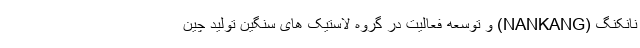
نانکنگ (NANKANG) و توسعه فعالیت در گروه لاستیک های سنگین تولید چین